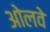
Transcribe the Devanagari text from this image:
ओलवे